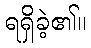
ရရှိခဲ့၏။